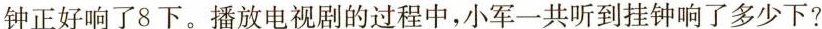
钟正好响了8下。播放电视剧的过程中，小军一共听到挂钟响了多少下?